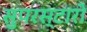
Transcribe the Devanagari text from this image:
सुपरस्टारों